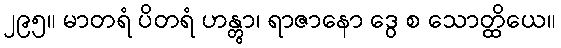
၂၉၅။ မာတရံ ပိတရံ ဟန္တွာ၊ ရာဇာနော ဒွေ စ သောတ္ထိယေ။